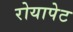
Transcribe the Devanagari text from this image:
रोयापेट